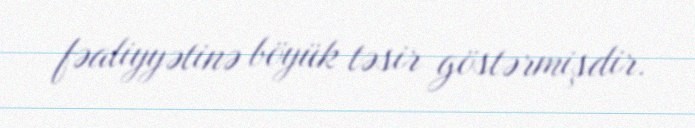
fəaliyyətinə böyük təsir göstərmişdir.